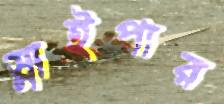
স্নাইপার